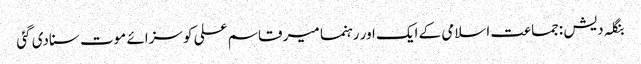
بنگلہ دیش :جماعت اسلامی کے ایک اور رہنما میر قاسم علی کو سزائے موت سنادی گئی